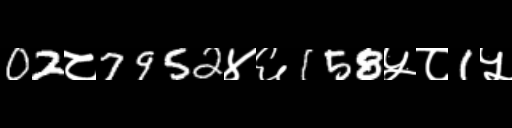
Text: 02८7952४६158५८1५